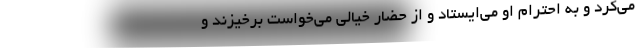
می‌کرد و به احترام او می‌ایستاد و از حضار خیالی می‌خواست برخیزند و